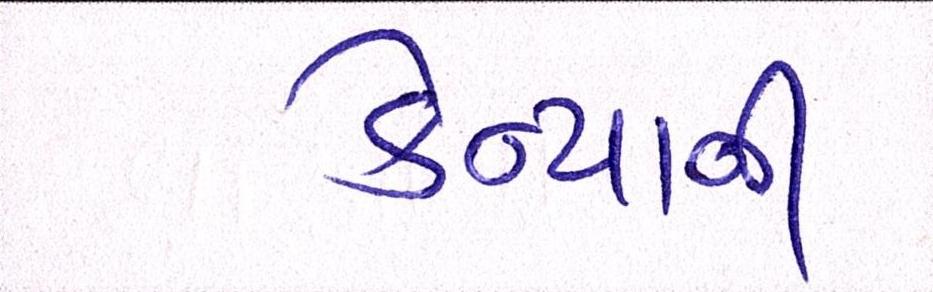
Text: કેન્યાની